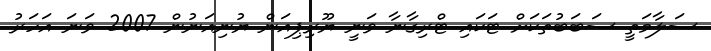
ސަލާމަތީ ސަބަބުތަކަށް ޓަކައި ޓްރިގާނާ ވަނީ ޔޫރިޕިއަން ޔުނިއަނުން 2007 ވަނަ އަހަރު